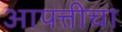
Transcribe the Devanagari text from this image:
आपत्तीचा